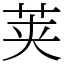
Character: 荚